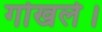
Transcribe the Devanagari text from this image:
गोखले।